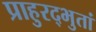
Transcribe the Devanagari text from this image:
प्राहुरद्भुतां